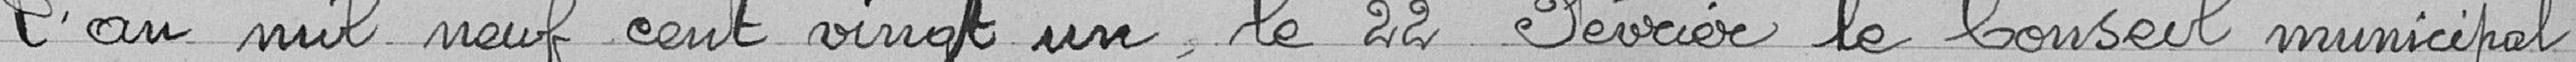
L'an mil neuf cent vingt un, le 22 Février le Conseil municipal